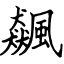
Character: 飆